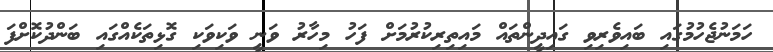
ހަމަނުޖެހުމުގައި ބައިވެރިވި ގައިދީންތައް މައިތިރިކުރުމަށް ފަހު މިހާރު ވަނީ ވަކިވަކި ގޮޅިތަކެއްގައި ބަންދުކޮށްފަ